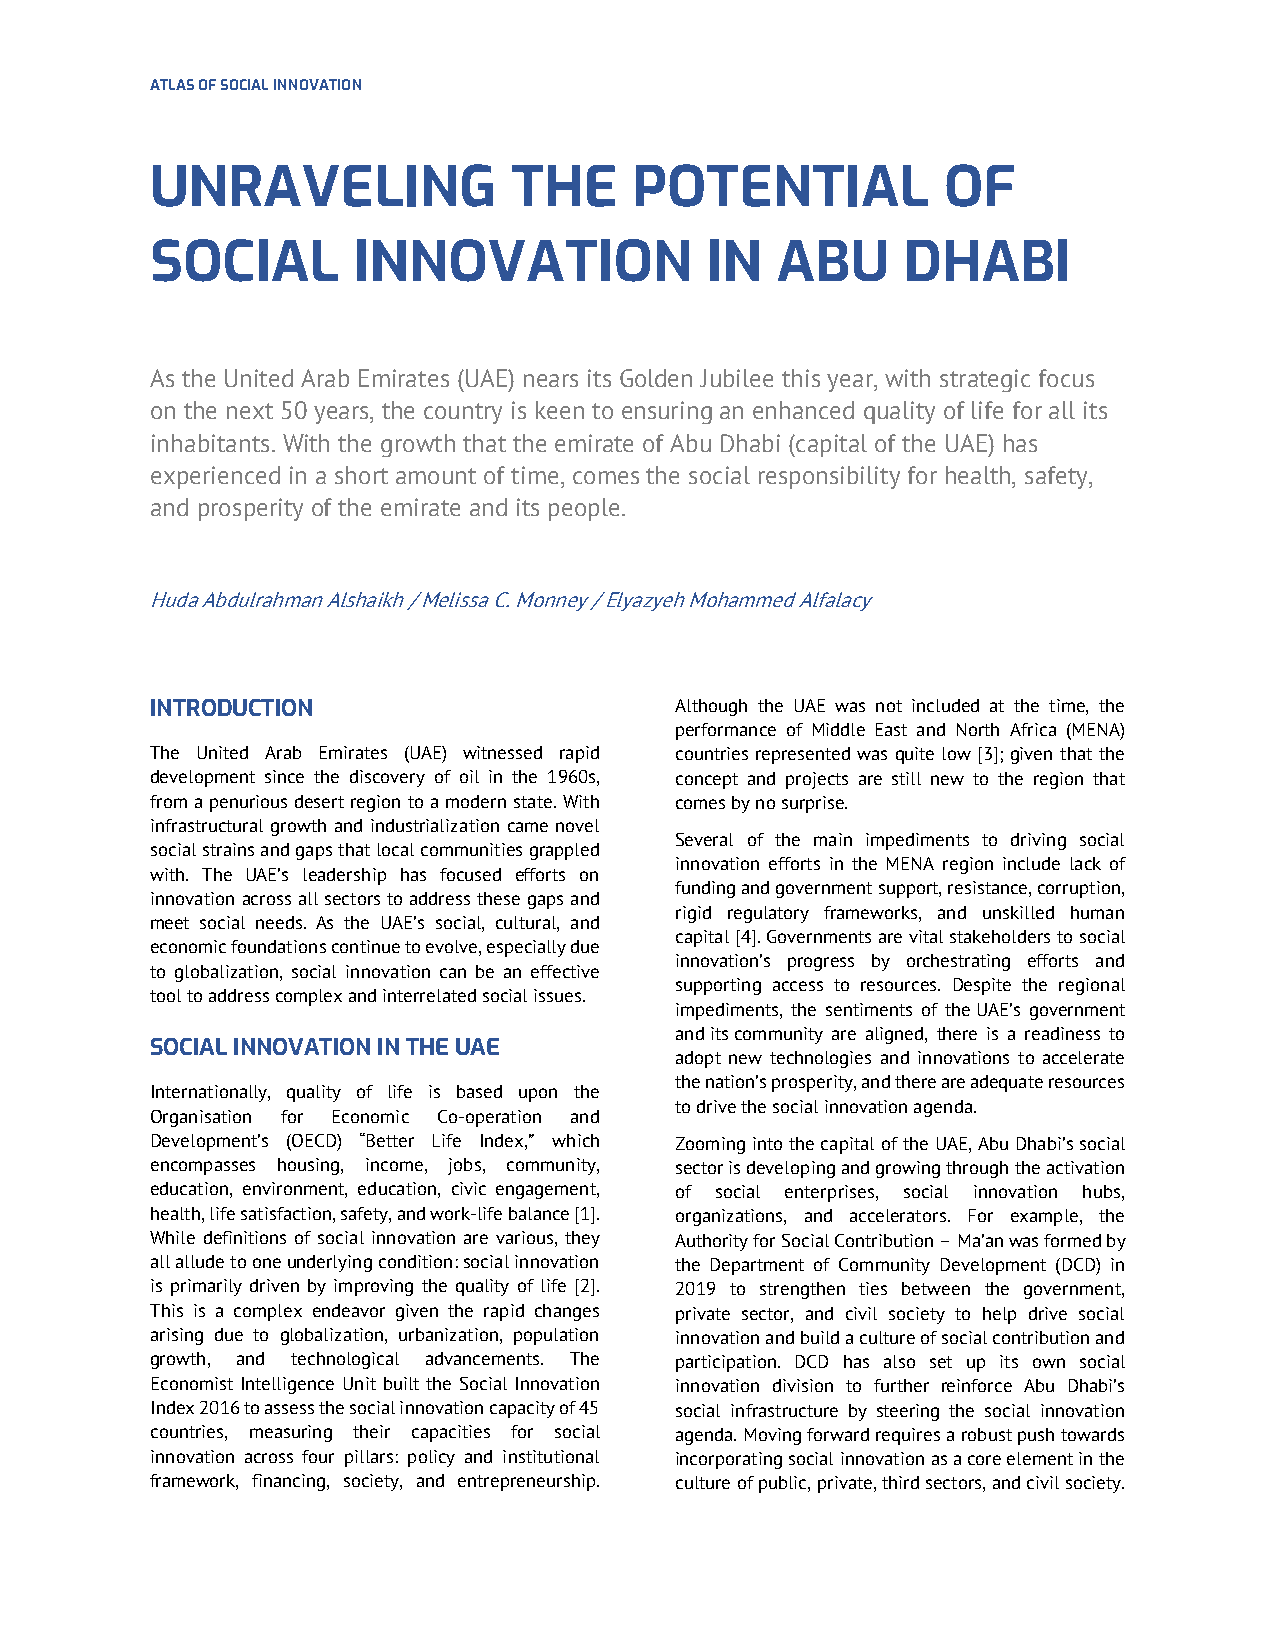
ATLAS OF SOCIAL INNOVATION
 UNRAVELING              THE     POTENTIAL           OF
 SOCIAL       INNOVATION              IN  ABU      DHABI
 As the United Arab Emirates (UAE) nears its Golden Jubilee this year, with strategic focus
 on the next 50 years, the country is keen to ensuring an enhanced quality of life for all its
 inhabitants. With the growth that the emirate of Abu Dhabi (capital of the UAE) has
 experienced in a short amount of time, comes the social responsibility for health, safety,
 and prosperity of the emirate and its people.
 Huda Abdulrahman Alshaikh / Melissa C. Monney / Elyazyeh Mohammed Alfalacy
 INTRODUCTION                       Although the UAE was not included at the time, the
 performance of Middle East and North Africa (MENA)
 The United Arab Emirates (UAE) witnessed rapid countries represented was quite low [3]; given that the
 development since the discovery of oil in the 1960s, concept and projects are still new to the region that
 from a penurious desert region to a modern state. With comes by no surprise.
 infrastructural growth and industrialization came novel
 Several of the main impediments to driving social
 social strains and gaps that local communities grappled
 innovation efforts in the MENA region include lack of
 with. The UAE’s leadership has focused efforts on
 funding and government support, resistance, corruption,
 innovation across all sectors to address these gaps and
 rigid regulatory frameworks, and unskilled human
 meet social needs. As the UAE’s social, cultural, and
 capital [4]. Governments are vital stakeholders to social
 economic foundations continue to evolve, especially due
 innovation’s progress by orchestrating efforts and
 to globalization, social innovation can be an effective
 supporting access to resources. Despite the regional
 tool to address complex and interrelated social issues.
 impediments, the sentiments of the UAE’s government
 and its community are aligned, there is a readiness to
 SOCIAL INNOVATION IN THE UAE
 adopt new technologies and innovations to accelerate
 the nation’s prosperity, and there are adequate resources
 Internationally, quality of life is based upon the
 to drive the social innovation agenda.
 Organisation for Economic Co-operation and
 Development’s (OECD) “Better Life Index,” which Zooming into the capital of the UAE, Abu Dhabi’s social
 encompasses housing, income, jobs, community, sector is developing and growing through the activation
 education, environment, education, civic engagement, of social enterprises, social innovation hubs,
 health, life satisfaction, safety, and work-life balance [1]. organizations, and accelerators. For example, the
 While definitions of social innovation are various, they Authority for Social Contribution – Ma’an was formed by
 all allude to one underlying condition: social innovation the Department of Community Development (DCD) in
 is primarily driven by improving the quality of life [2]. 2019 to strengthen ties between the government,
 This is a complex endeavor given the rapid changes private sector, and civil society to help drive social
 arising due to globalization, urbanization, population innovation and build a culture of social contribution and
 growth, and technological advancements. The participation. DCD has also set up its own social
 Economist Intelligence Unit built the Social Innovation innovation division to further reinforce Abu Dhabi’s
 Index 2016 to assess the social innovation capacity of 45 social infrastructure by steering the social innovation
 countries, measuring their capacities for social agenda. Moving forward requires a robust push towards
 innovation across four pillars: policy and institutional incorporating social innovation as a core element in the
 framework, financing, society, and entrepreneurship. culture of public, private, third sectors, and civil society.